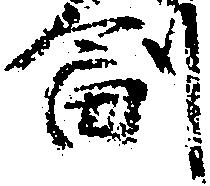
副